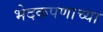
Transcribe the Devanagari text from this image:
भेदकपणाच्या